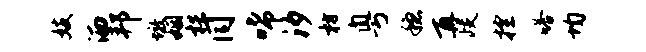
妓洒邦墩姻梏同唏汐枋粤稳再歧控嗒均